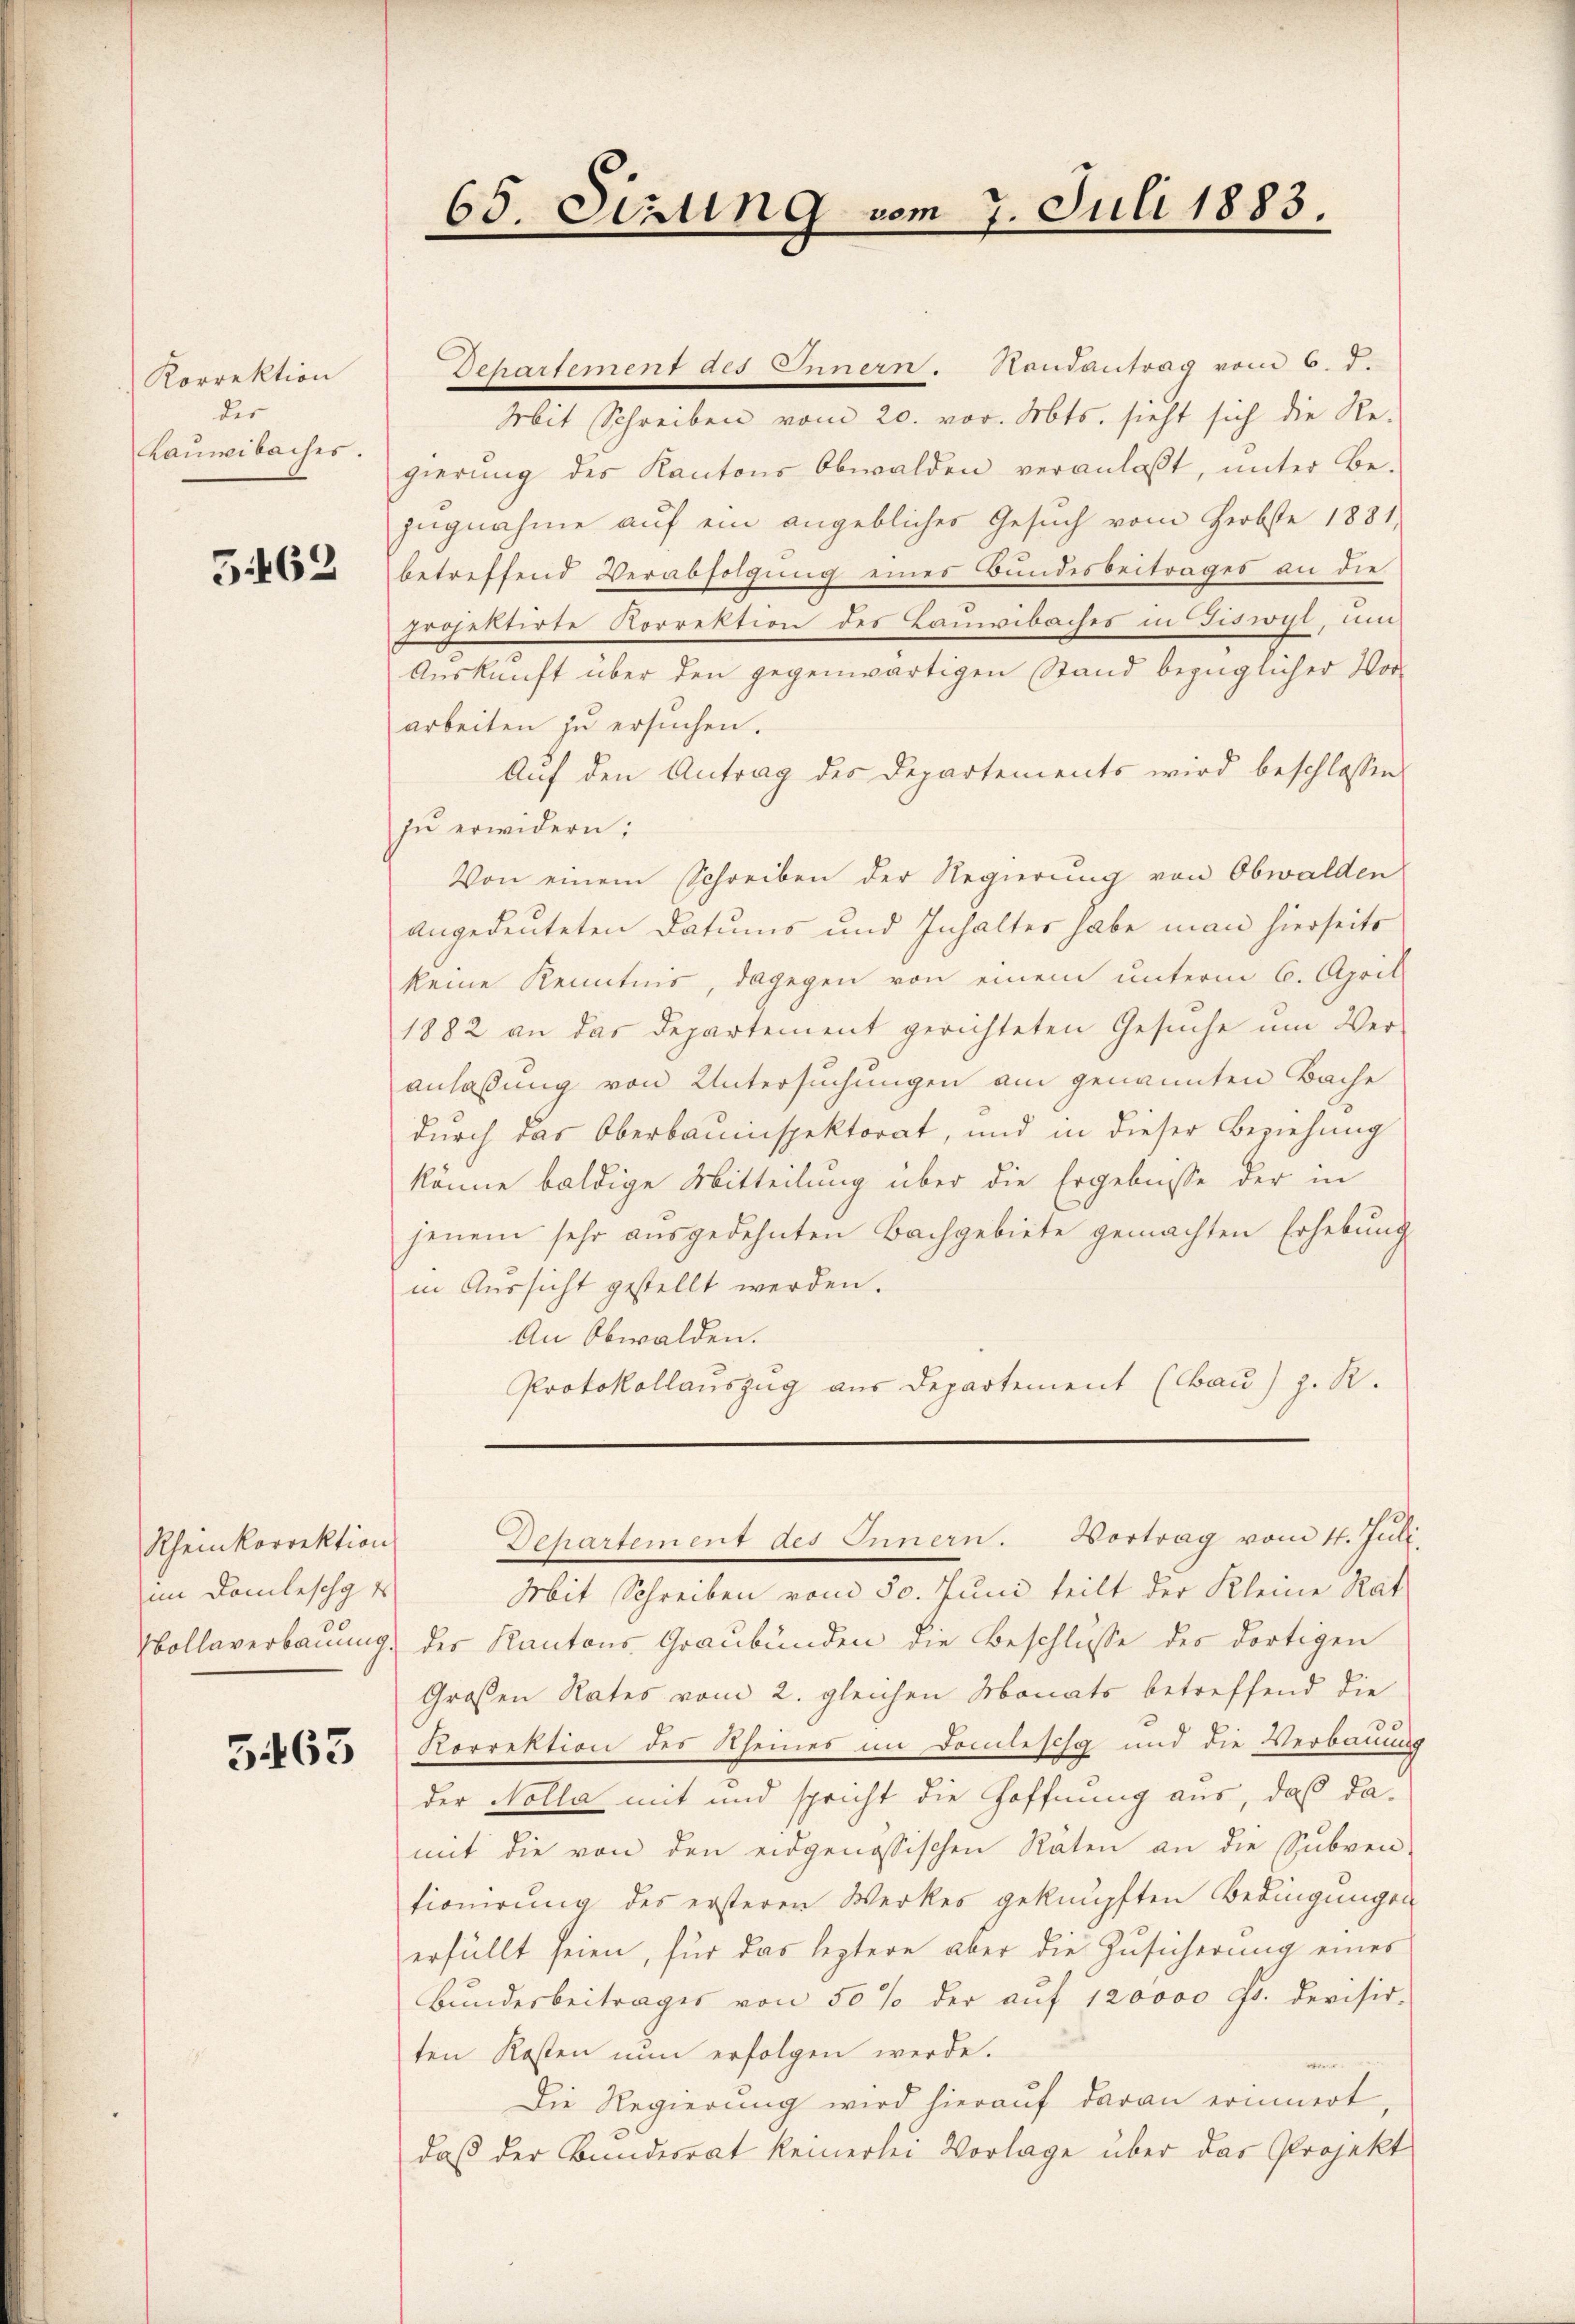
Korrektion
der
Lauwibaches.

5462

Rheinkorrektion
im Domleschg
Wollaverbauung.

5465

65. Sizung vom 7. Juli 1883.

Departement des Innern. Vortrag vom 4. Juli.

Dehartement des Innern. Handantrag vom 6. d.
Mit Schreiben vom 20. vor. Mts. sieht sich die Re-
gierung des Kantons Obwalden veranlaßt, unter Be-
zŭgnahme aŭf ein angebliches Gesŭch vom Herbste 1881.
betreffend Verabfolgung eines Bundesbeitrages an die
projektirte Korrektion des Bauwibaches in Fiswyl, um
Auskunft über den gegenwärtigen Stand bezüglicher Vor-
arbeiten zu ersuchen.
Auf den Antrag des Departements wird beschlossen
zu erwidern;
Von einem Schreiben der Regierung von Obwalden
angedeuteten Datums und Inhalter habe man hierseits
keine Kenntnis, dagegen von einem unterm 6. April
1882 an das Departement gerichteten Gesŭche ŭm Ver-
anlaßung von Untersuchungen am genannten Bache
durch das Oberbauinspektorat, und in dieser Beziehung
könne baldige Mitteilung über die Ergebnisse der in
jenem sehr ausgedehnten Bachgebiete gemachten Erhebung
in Aussicht gestellt werden.
An Obwalden.
Protokollauszug aus Departement (Bau) z. R.

Mit Schreiben vom 30. Juni teilt der Kleine Rat
des Kantons Graubünden die Beschlusse des dortigen
Großen Rates vom 2. gleichen Monats betreffend die
Korrektion des Rheines im Domlesch und die Verbauung
der Nolla mit und spricht die Hoffnung aus, daß damit die von den eidgenössischen Räten an die Subven-
tionirung des ersteren Werkes geknüpften Bedingungen
erfüllt seien, für das leztere aber die Zusicherung eines
Bundesbeitrages von 50 % der auf 120000 Fr. derisir-
ten Kosten nun erfolgen werde.
Die Regierung wird hierauf daran erinnert
daβ der Bundesrat keinerlei Vorlage über das Projekt